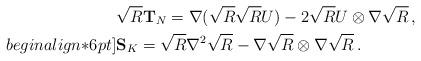
LaTeX: \begin{align*} & \sqrt{R}\mathbf T_{N} = \nabla(\sqrt{R} \sqrt{R} U) - 2 \sqrt{R}U \otimes \nabla \sqrt{R}\,, \\begin{align*}6pt] & \mathbf S_K =\sqrt{R}\nabla^2 \sqrt{R} - \nabla \sqrt{R} \otimes \nabla \sqrt{R} \,. \end{align*}